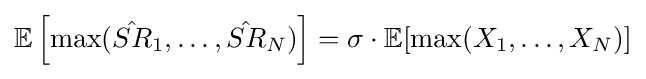
\mathbb {E} \left[\max({\hat {SR}}_{1},\dots ,{\hat {SR}}_{N})\right]=\sigma \cdot \mathbb {E} [\max(X_{1},\dots ,X_{N})]